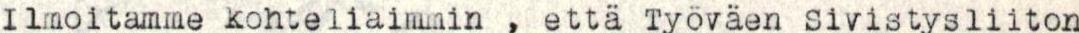
Ilmoitamme kohteliaimmin , että Työväen sivistysliiton